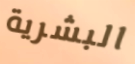
البشرية